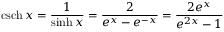
\operatorname { c s c h } x = { \frac { 1 } { \sinh x } } = { \frac { 2 } { e ^ { x } - e ^ { - x } } } = { \frac { 2 e ^ { x } } { e ^ { 2 x } - 1 } }